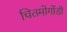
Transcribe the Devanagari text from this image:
चितमोगोंडी